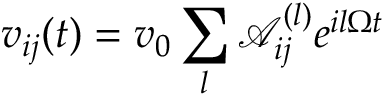
v _ { i j } ( t ) = v _ { 0 } \sum _ { l } \mathcal { A } _ { i j } ^ { ( l ) } e ^ { i l \Omega t }